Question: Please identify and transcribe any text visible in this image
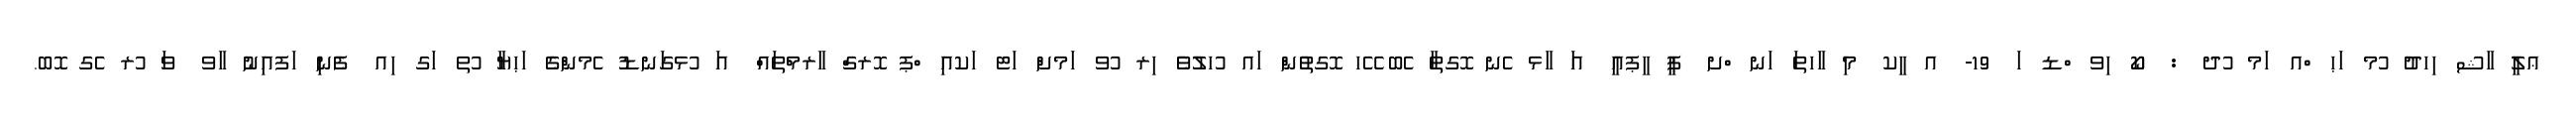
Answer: ޢލީ ާޝ ިހދު ުމ ަޙ ްއ ަމ ުދ : ކޯ ިވ ްޑ ަ 19- އ ީކ މި ާހތަ ަނ ްށ ޕީ ީޕއީ އަ ާޅ ެނ ޮގތާ ެބ ޭހ ޮގތުން ައ ުހލުވެ ިރ ުވ ަމށް ަޓ ަކއި ްޕ ޮރގް ާރމްތައް އަ ުޅގަނޑު ެމންގެ ަޙޔާ ުތ ަގ ިއ ފެނި ަފއިނު ާވ ވަ ުރ ެގ ޮބ.